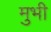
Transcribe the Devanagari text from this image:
मुभी